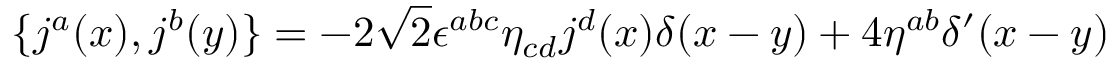
\{ j ^ { a } ( x ) , j ^ { b } ( y ) \} = - 2 \sqrt { 2 } { \epsilon } ^ { a b c } { \eta } _ { c d } j ^ { d } ( x ) { \delta } ( x - y ) + 4 { \eta } ^ { a b } { \delta } ^ { \prime } ( x - y )